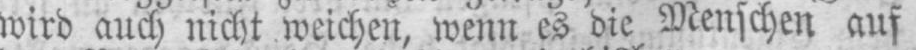
wird auch nicht weichen, wenn es die Menschen auf